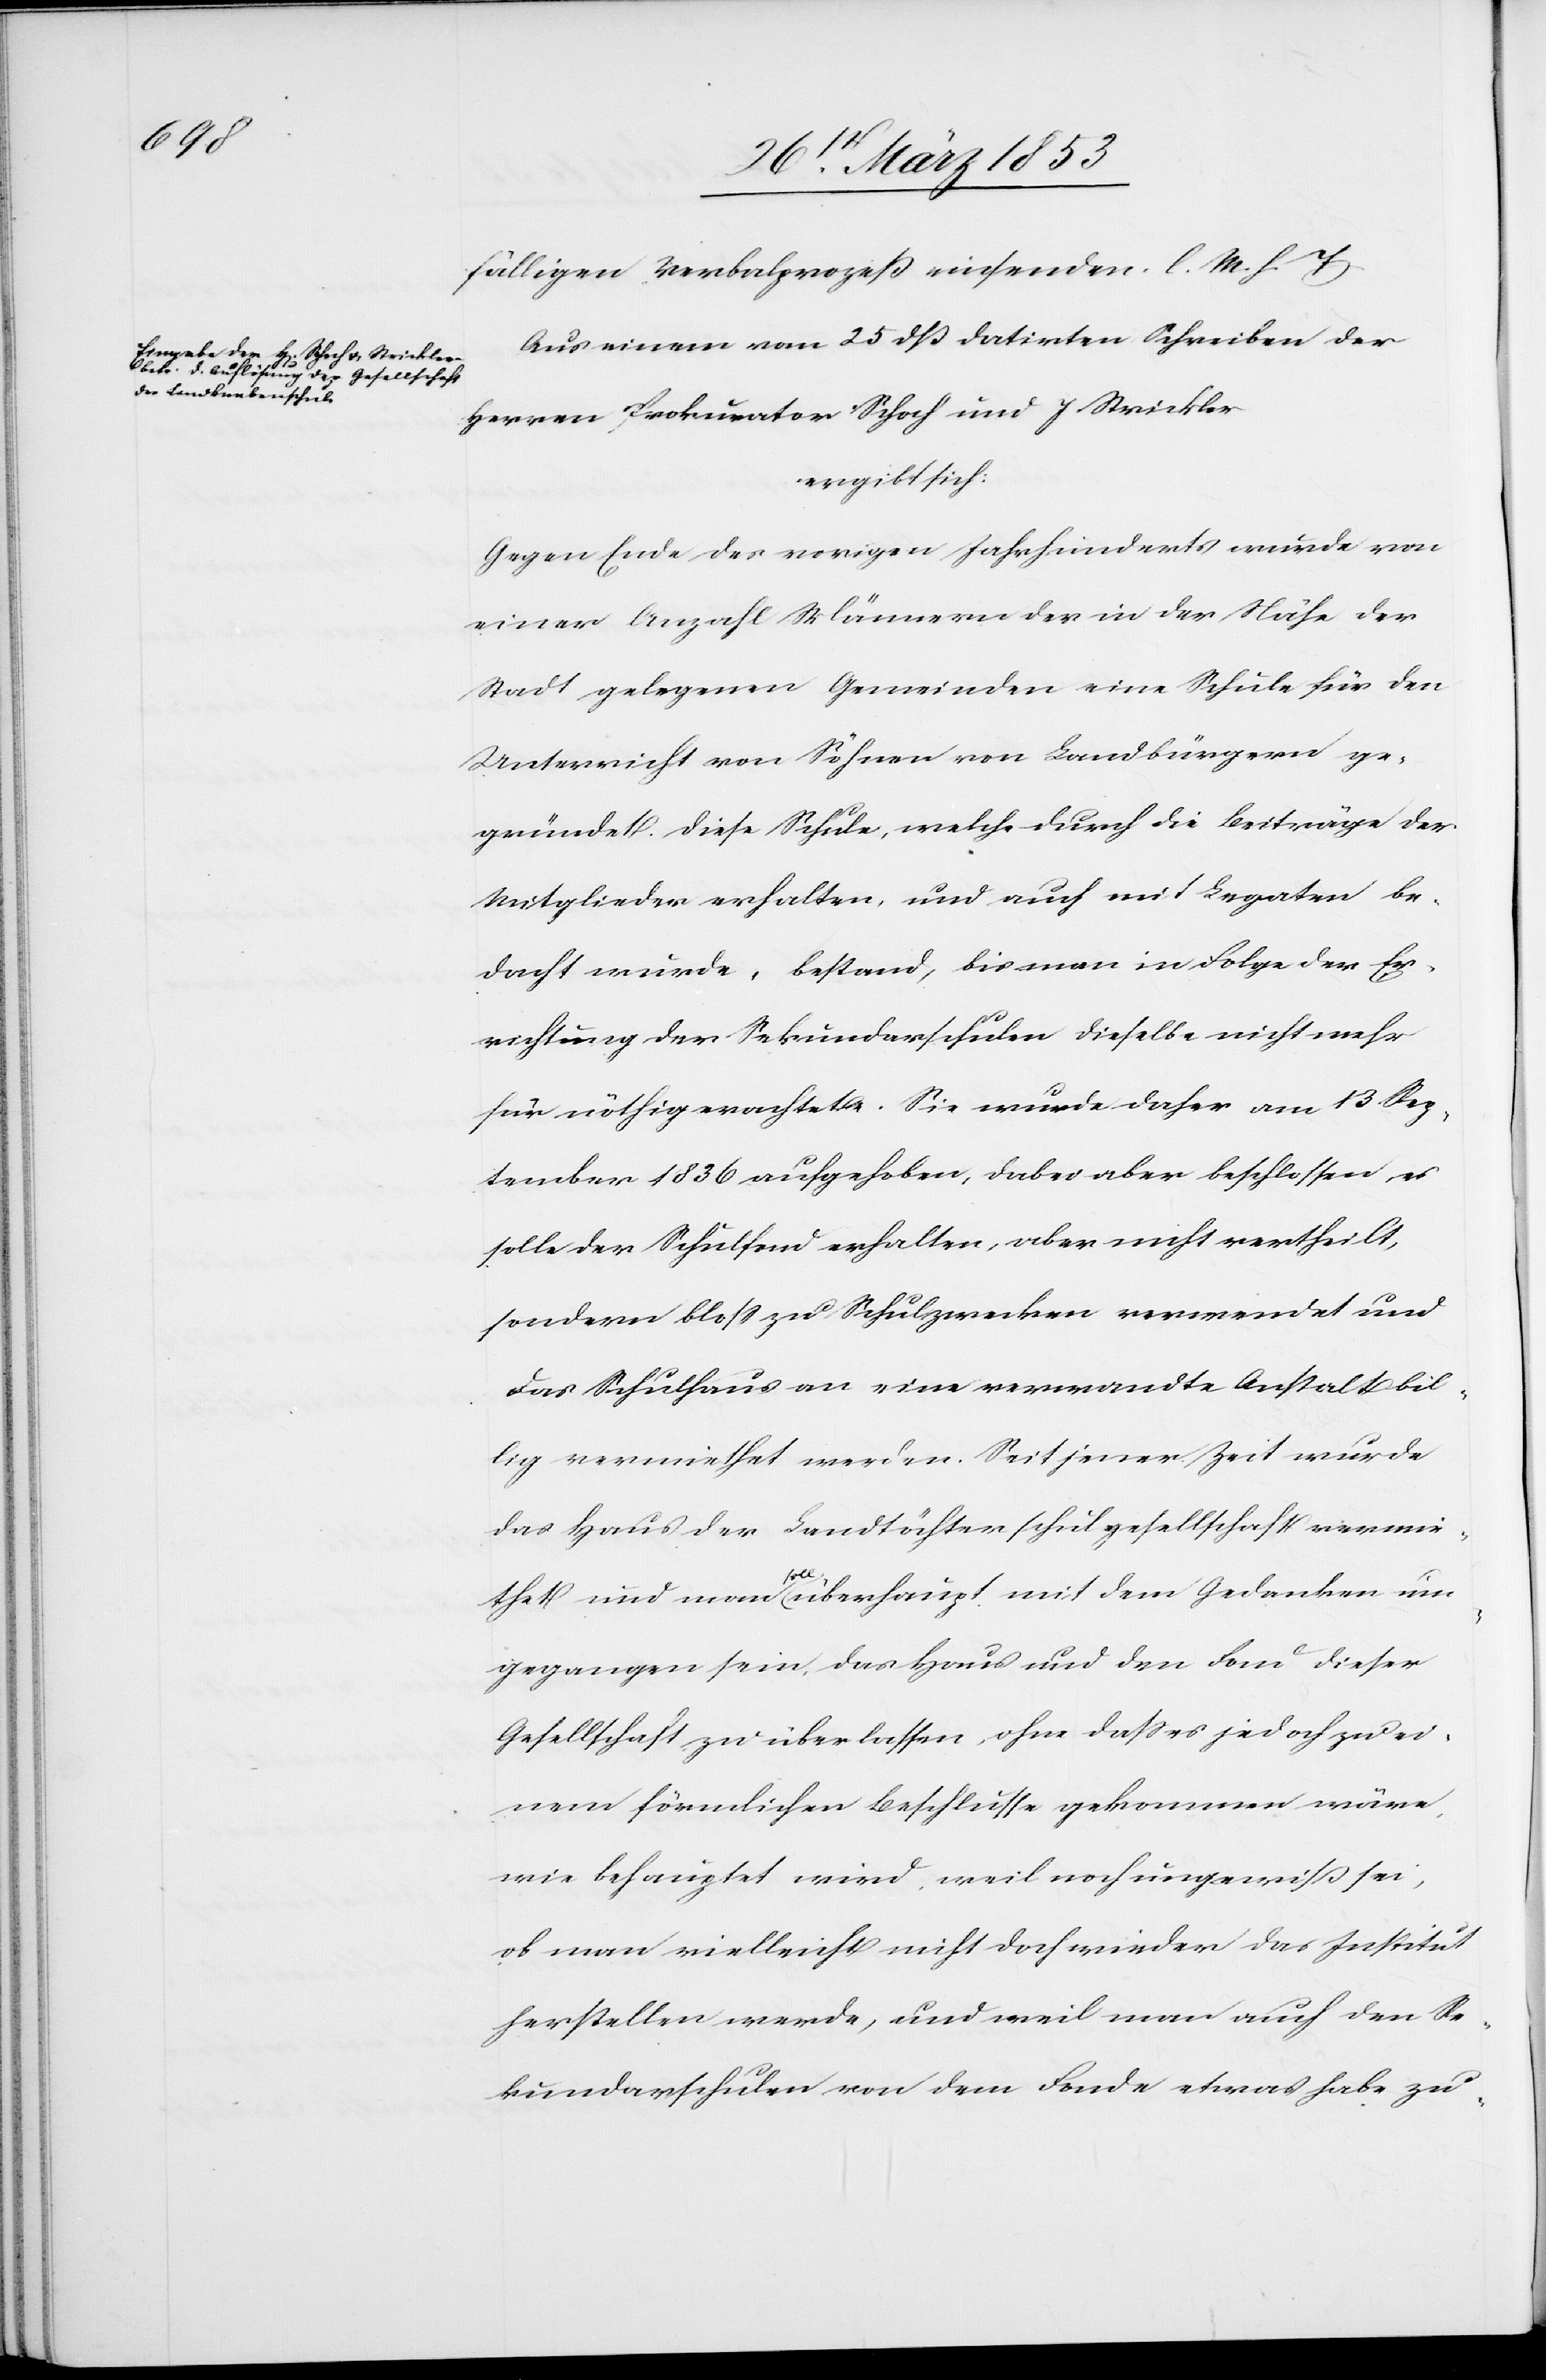
fälligen Verbalprozeß einsenden. l. M. h. T
Aus einem vom 25 dß datirten Schreiben der
Herren Prokurator Schoch und J. Winkler
ergibt sich:
Gegen Ende des vorigen Jahrhunderts wurde von
einer Anzahl Männern der in der Nähe der
Stadt gelegenen Gemeinden eine Schule für den
Unterricht von Söhnen von Landbürgern ge¬
gründet. Diese Schule, welche durch die Beiträge der
Mitglieder erhalten, und auch mit Legaten be¬
dacht wurde, bestand, bis man in Folge der Er¬
richtung der Sekundarschulen dieselbe nicht mehr
für nöthig erachtete. Sie wurde daher am 13. Sep¬
tember 1836 aufgehoben, dabei aber beschlossen, es
solle der Schulfond erhalten, aber nicht vertheilt,
sondern bloß zu Schulzwecken verwendet und
das Schulhaus an eine verwandte Anstalt bil¬
lig vermiethet werden. Seit jener Zeit wurde
das Haus der Landtöchtergesellschaft vermie¬
thet und man soll überhaupt mit dem Gedanken um¬
gegangen sein, das Haus und den Bau dieser
Gesellschaft zu überlassen, ohne daß es jedoch zu ei¬
nem förmlichen Beschlusse gekommen wäre,
wie behauptet wird, weil noch ungewiß sei,
ob man vielleicht nicht doch wieder das Institut
herstellen werde, und weil man auch den Se¬
kundarschulen von dem Fonde etwas habe zu